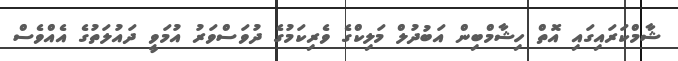
ޝާމްކަރައިގައި އޮތް ހިޝާމްބިން އަބުދުލް މަލިކްގެ ވެރިކަމުގެ ދުވަސްވަރު އުމަވީ ދައުލަތުގެ އެއްވެސް